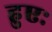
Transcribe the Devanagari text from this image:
हुएः